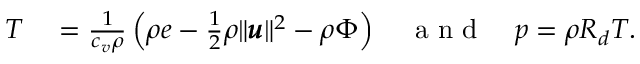
\begin{array} { r l } { T } & { { } = \frac { 1 } { c _ { v } \rho } \left( \rho e - \frac { 1 } { 2 } \rho \| \pmb { u } \| ^ { 2 } - \rho \Phi \right) \quad \mathrm { ~ a ~ n ~ d ~ } \quad p = \rho R _ { d } T . } \end{array}